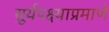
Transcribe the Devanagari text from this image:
सूर्यपक्ष्याप्रमाणे